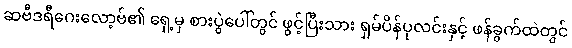
ဆဗီဒရီဂေးလော့ဗ်၏ ရှေ့မှ စားပွဲပေါ်တွင် ဖွင့်ပြီးသား ရှမ်ပိန်ပုလင်းနှင့် ဖန်ခွက်ထဲတွင်